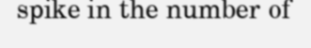
spike in the number of